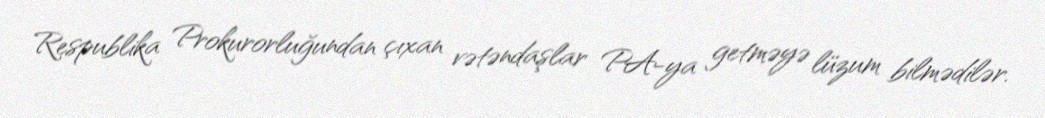
Respublika Prokurorluğundan çıxan vətəndaşlar PA-ya getməyə lüzum bilmədilər.